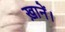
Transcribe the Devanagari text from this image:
ख़ानें।